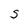
Character: S